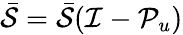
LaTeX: \bar{\mathcal{S}}=\bar{\mathcal{S}}(\mathcal{I}-\mathcal{P}_{u})